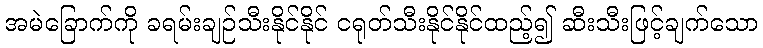
အမဲခြောက်ကို ခရမ်းချဉ်သီးနိုင်နိုင် ငရုတ်သီးနိုင်နိုင်ထည့်၍ ဆီးသီးဖြင့်ချက်သော